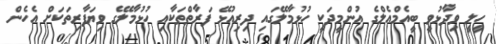
ހީލީ ވިދާޅުވީ ބީއެމްއެލްގެ އުންމީދަކީ ހުޅުމާލޭގައި ދިރިއުޅޭ ފަރާތްތަކާއި ހުޅުމާލޭގެ ވިޔަފާރިތަކަށް އެހެން